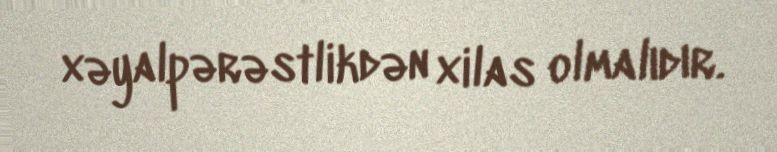
xəyalpərəstlikdən xilas olmalıdır.